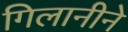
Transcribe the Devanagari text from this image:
गिलानीने